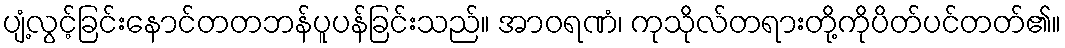
ပျံ့လွင့်ခြင်းနောင်တတဘန်ပူပန်ခြင်းသည်။ အာဝရဏံ၊ ကုသိုလ်တရားတို့ကိုပိတ်ပင်တတ်၏။